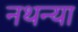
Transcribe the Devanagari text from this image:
नथन्या